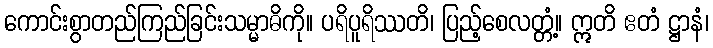
ကောင်းစွာတည်ကြည်ခြင်းသမ္မာဓိကို။ ပရိပူရိဿတိ၊ ပြည့်စေလတ္တံ့။ ဣတိ ဧတံ ဋ္ဌာနံ၊